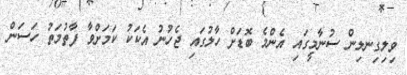
ވިލިގިނލިން ސުނާމީގައި އެންމެ ބޮޑަށް ހާލުގައި ޖެހުނު އެކަކު ކަމަށްވާ ފާތުމަތު ހަސަން